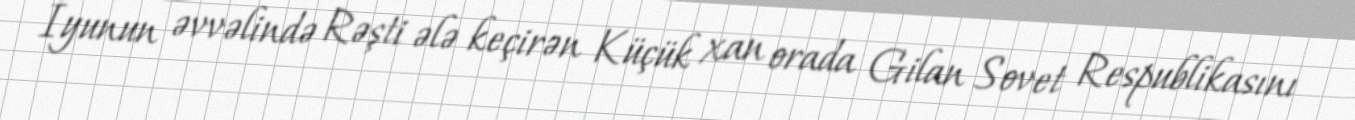
İyunun əvvəlində Rəşti ələ keçirən Küçük xan orada Gilan Sovet Respublikasını